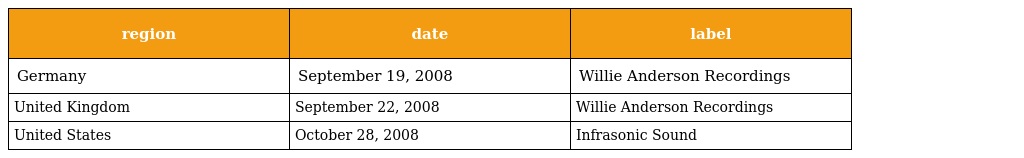
| region | date | label |
 | --- | --- | --- |
 | Germany | September 19, 2008 | Willie Anderson Recordings |
 | United Kingdom | September 22, 2008 | Willie Anderson Recordings |
 | United States | October 28, 2008 | Infrasonic Sound |